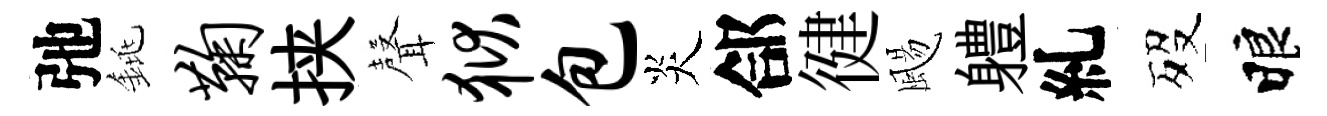
弛銚鞠挟𮋻狱包炎郃徤颺軆糺歿睱